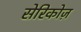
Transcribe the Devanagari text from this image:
सेरिकोज़